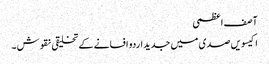
آصف اعظمی
اکیسویں صدی میں جدید اردو افسانے کے تخلیقی نقوش ۔